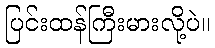
ပြင်းထန်ကြီးမားလို့ပဲ။